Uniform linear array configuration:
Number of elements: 12
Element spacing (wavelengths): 0.25
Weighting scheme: cosine
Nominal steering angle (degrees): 45
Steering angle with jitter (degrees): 46.635
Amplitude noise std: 0.05
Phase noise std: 0.05

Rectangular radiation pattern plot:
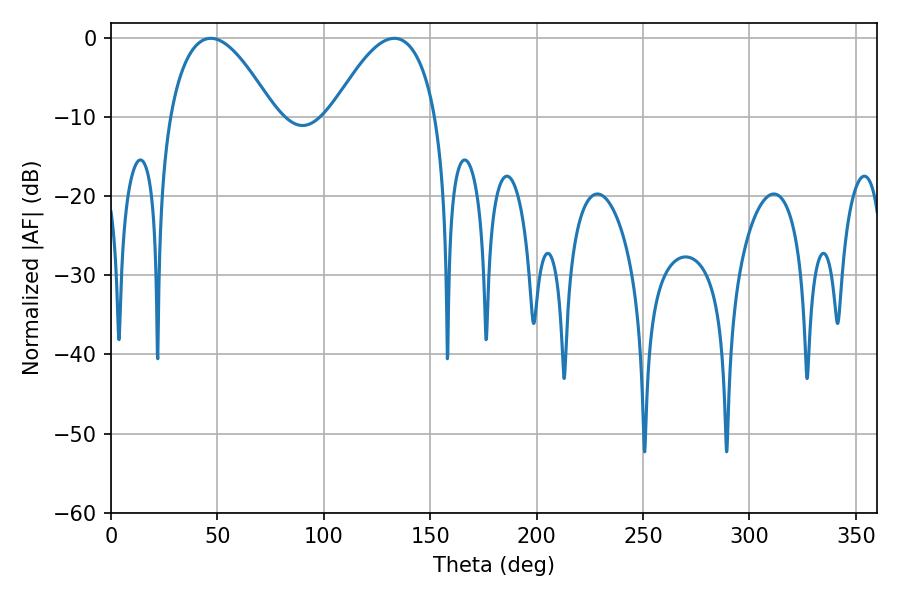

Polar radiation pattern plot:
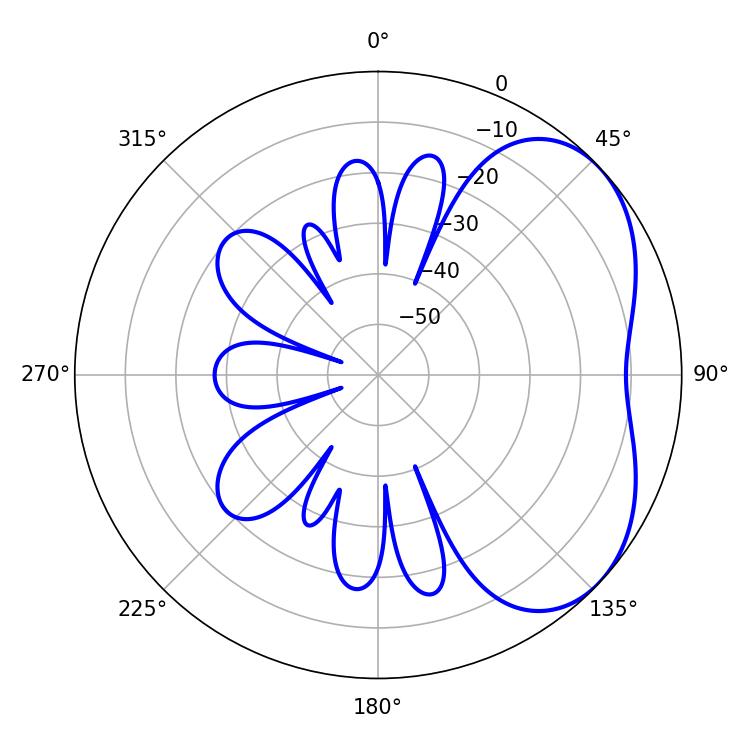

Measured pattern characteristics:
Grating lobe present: FALSE
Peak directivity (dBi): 4.064
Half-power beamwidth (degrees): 27
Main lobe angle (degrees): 46.8